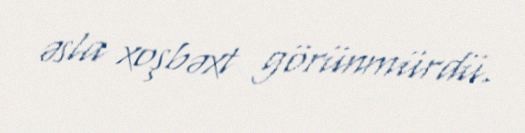
əsla xoşbəxt görünmürdü.